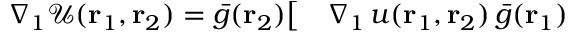
\begin{array} { r l } { \nabla _ { 1 } \mathcal { U } ( { \mathbf { r } _ { 1 } } , { \mathbf { r } _ { 2 } } ) = \bar { g } ( { \mathbf { r } _ { 2 } } ) \big [ } & { { } \nabla _ { 1 } \, u ( { \mathbf { r } _ { 1 } } , { \mathbf { r } _ { 2 } } ) \, \bar { g } ( { \mathbf { r } _ { 1 } } ) } \end{array}